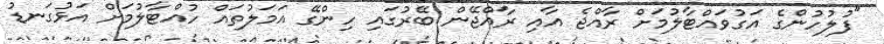
"ފުލުހުންގެ އަގުވައްޓާލުމަށް ރާއްޖެ އާއި ރާއްޖޭން ބޭރުގައި ހިންގޭ އަމަލުތައް ހުއްޓާލުމަށް އަޅުގަނޑު